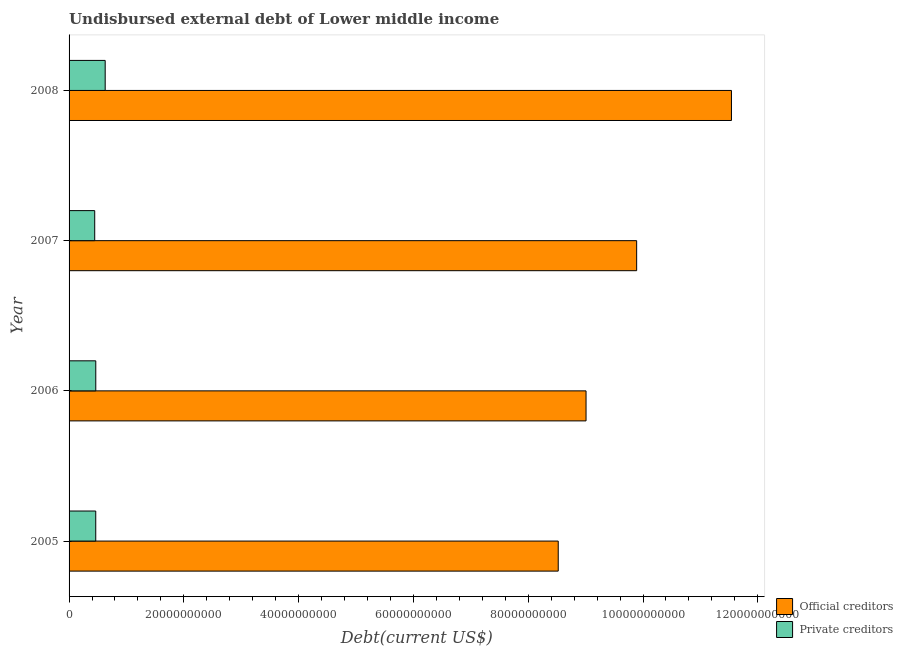
| Year | Official creditors | Private creditors |
 | --- | --- | --- |
 | 2005 | 8.52e+10 | 4.65e+09 |
 | 2006 | 9.01e+10 | 4.65e+09 |
 | 2007 | 9.89e+10 | 4.47e+09 |
 | 2008 | 1.15e+11 | 6.29e+09 |